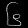
Digit: ၆